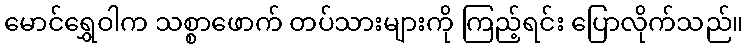
မောင်ရွှေဝါက သစ္စာဖောက် တပ်သားများကို ကြည့်ရင်း ပြောလိုက်သည်။